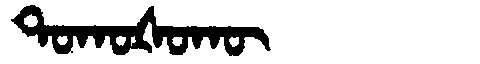
Manchu: ᡨᠣᡴᠣᡧᠣᡴᡡ
Romanization: TOKOŠOKŪ